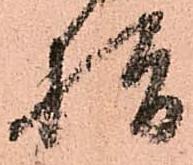
指